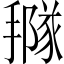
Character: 𢵩